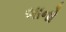
બાનો